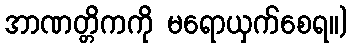
အာဏတ္တိကကို မရောယှက်စေရ။)